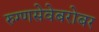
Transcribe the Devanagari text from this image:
रुग्णसेवेबरोबर